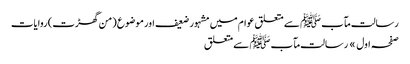
رسالت مآب ﷺ سے متعلق عوام میں مشہور ضعیف اور موضوع (من گھڑت) روایات
صفحہ اول » رسالت مآب ﷺ سے متعلق